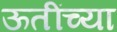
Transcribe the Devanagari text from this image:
ऊतींच्या